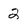
Character: 2